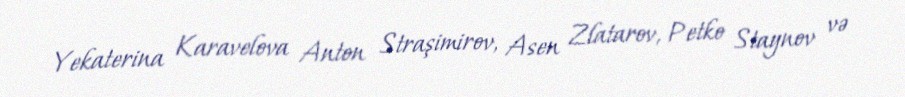
Yekaterina Karavelova Anton Straşimirov, Asen Zlatarov, Petko Staynov və